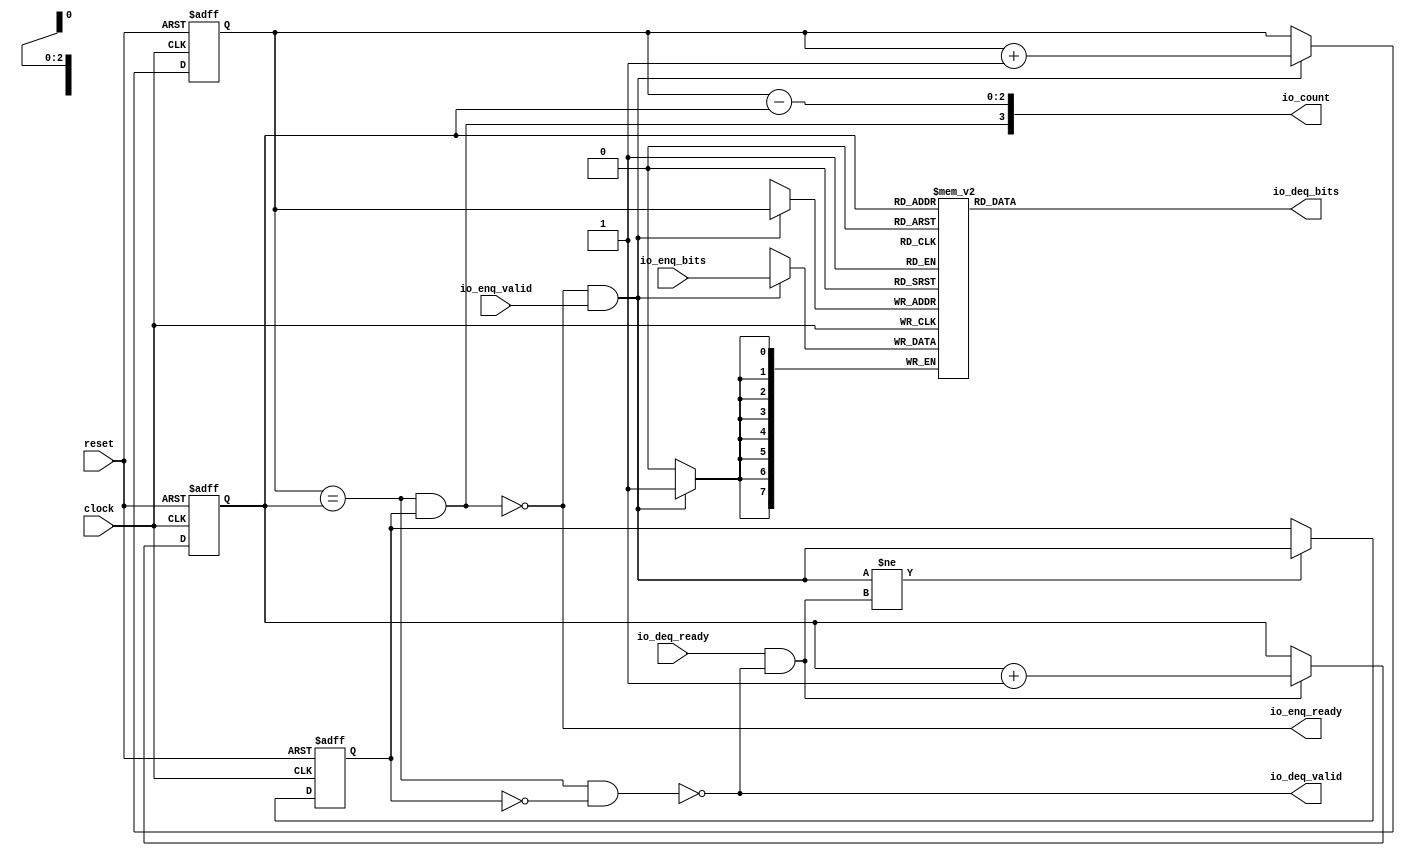
module sirv_queue_1(
  input   clock,
  input   reset,
  output  io_enq_ready,
  input   io_enq_valid,
  input  [7:0] io_enq_bits,
  input   io_deq_ready,
  output  io_deq_valid,
  output [7:0] io_deq_bits,
  output [3:0] io_count
);
  reg [7:0] ram [0:7];
  reg [31:0] GEN_0;
  wire [7:0] ram_T_51_data;
  wire [2:0] ram_T_51_addr;
  wire [7:0] ram_T_35_data;
  wire [2:0] ram_T_35_addr;
  wire  ram_T_35_mask;
  wire  ram_T_35_en;
  reg [2:0] T_27;
  reg [31:0] GEN_1;
  reg [2:0] T_29;
  reg [31:0] GEN_2;
  reg  maybe_full;
  reg [31:0] GEN_3;
  wire  ptr_match;
  wire  T_32;
  wire  empty;
  wire  full;
  wire  T_33;
  wire  do_enq;
  wire  T_34;
  wire  do_deq;
  wire [3:0] T_39;
  wire [2:0] T_40;
  wire [2:0] GEN_4;
  wire [3:0] T_44;
  wire [2:0] T_45;
  wire [2:0] GEN_5;
  wire  T_46;
  wire  GEN_6;
  wire  T_48;
  wire  T_50;
  wire [3:0] T_52;
  wire [2:0] ptr_diff;
  wire  T_53;
  wire [3:0] T_54;
  assign io_enq_ready = T_50;
  assign io_deq_valid = T_48;
  assign io_deq_bits = ram_T_51_data;
  assign io_count = T_54;
  assign ram_T_51_addr = T_29;
  assign ram_T_51_data = ram[ram_T_51_addr];
  assign ram_T_35_data = io_enq_bits;
  assign ram_T_35_addr = T_27;
  assign ram_T_35_mask = do_enq;
  assign ram_T_35_en = do_enq;
  assign ptr_match = T_27 == T_29;
  assign T_32 = maybe_full == 1'h0;
  assign empty = ptr_match & T_32;
  assign full = ptr_match & maybe_full;
  assign T_33 = io_enq_ready & io_enq_valid;
  assign do_enq = T_33;
  assign T_34 = io_deq_ready & io_deq_valid;
  assign do_deq = T_34;
  assign T_39 = T_27 + 3'h1;
  assign T_40 = T_39[2:0];
  assign GEN_4 = do_enq ? T_40 : T_27;
  assign T_44 = T_29 + 3'h1;
  assign T_45 = T_44[2:0];
  assign GEN_5 = do_deq ? T_45 : T_29;
  assign T_46 = do_enq != do_deq;
  assign GEN_6 = T_46 ? do_enq : maybe_full;
  assign T_48 = empty == 1'h0;
  assign T_50 = full == 1'h0;
  assign T_52 = T_27 - T_29;
  assign ptr_diff = T_52[2:0];
  assign T_53 = maybe_full & ptr_match;
  assign T_54 = {T_53,ptr_diff};

  always @(posedge clock) begin // The RAM block does not need reset
    if(ram_T_35_en & ram_T_35_mask) begin
      ram[ram_T_35_addr] <= ram_T_35_data;
    end
  end

  always @(posedge clock or posedge reset)
    if (reset) begin
      T_27 <= 3'h0;
    end else begin
      if (do_enq) begin
        T_27 <= T_40;
      end
    end

  always @(posedge clock or posedge reset)
    if (reset) begin
      T_29 <= 3'h0;
    end else begin
      if (do_deq) begin
        T_29 <= T_45;
      end
    end

  always @(posedge clock or posedge reset)
    if (reset) begin
      maybe_full <= 1'h0;
    end else begin
      if (T_46) begin
        maybe_full <= do_enq;
      end
    end

endmodule